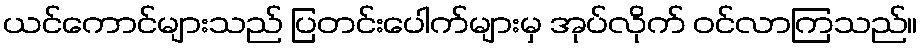
ယင်ကောင်များသည် ပြတင်းပေါက်များမှ အုပ်လိုက် ဝင်လာကြသည်။